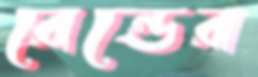
রেন্ডের